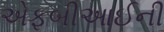
એફબીઆઈની